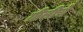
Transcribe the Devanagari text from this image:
ग्रीलीचे